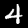
Digit: 4